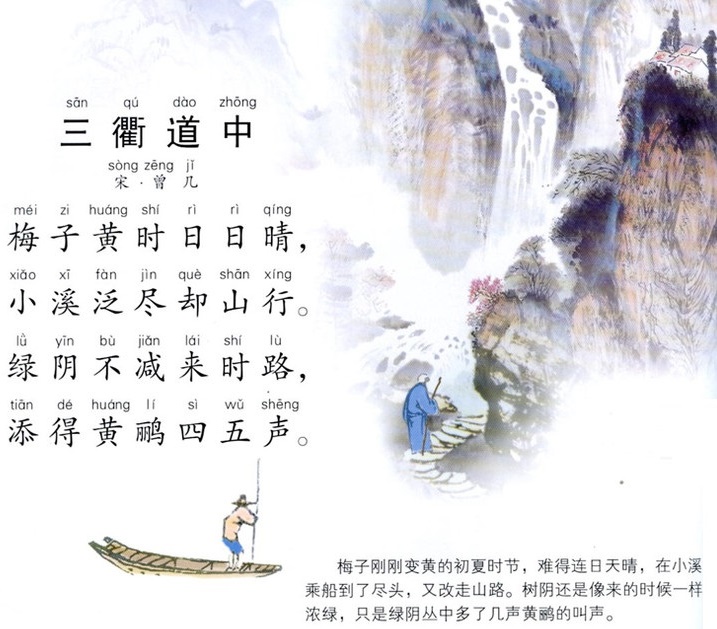
绿阴不减来时路，添得黄鹂四五声。